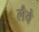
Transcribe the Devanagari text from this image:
लैवे